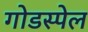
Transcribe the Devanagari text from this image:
गोडस्पेल